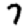
Digit: 7